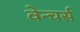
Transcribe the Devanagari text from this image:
वेन्चर्स